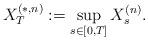
LaTeX: \begin{align*} X_T^{(\ast,n)}:=\sup_{s\in[0,T]}X_s^{(n)}.\end{align*}